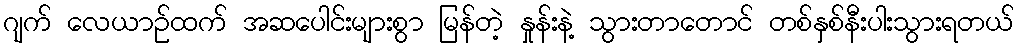
ဂျက် လေယာဉ်ထက် အဆပေါင်းများစွာ မြန်တဲ့ နှုန်းနဲ့ သွားတာတောင် တစ်နှစ်နီးပါးသွားရတယ်